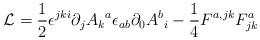
LaTeX: \begin{align*}{\cal L} ={\frac{1} {2}}\epsilon^{jki}\partial_j{A_k}^{a}\epsilon_{ab}\partial_{0}{{A^b}_{i}}- \frac{1}{4} F^{a,jk} F^a_{jk}\end{align*}